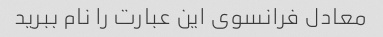
معادل فرانسوی این عبارت را نام ببرید